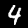
Digit: 4